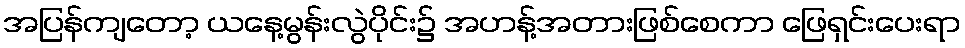
အပြန်ကျတော့ ယနေ့မွန်းလွဲပိုင်း၌ အဟန့်အတားဖြစ်စေကာ ဖြေရှင်းပေးရာ